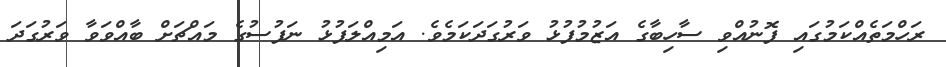
ރަހްމަތެއްކަމުގައި ފޮނުއްވި ސާހިބާގެ އަޒުމުފުޅު ވަރުގަދަކަމެވެ. އަމިއްލަފުޅު ނަފުސުގެ މައްޗަށް ބާއްވަވާ ވަރުގަދަ